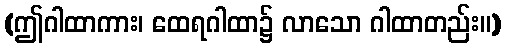
(ဤဂါထာကား၊ ထေရဂါထာ၌ လာသော ဂါထာတည်း။)